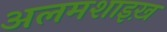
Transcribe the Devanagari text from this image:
अलमशाइख़